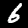
Digit: 6